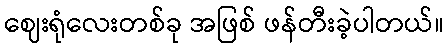
ဈေးရုံလေးတစ်ခု အဖြစ် ဖန်တီးခဲ့ပါတယ်။